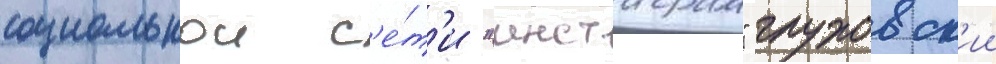
социальнои с'е́т'и "инстаграм" глуховск'ии